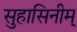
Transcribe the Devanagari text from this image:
सुहासिनीम्